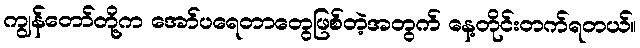
ကျွန်တော်တို့က အော်ပရေတာတွေဖြစ်တဲ့အတွက် နေ့တိုင်းတက်ရတယ်။